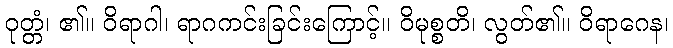
ဝုတ္တံ၊ ၏။ ဝိရာဂါ၊ ရာဂကင်းခြင်းကြောင့်။ ဝိမုစ္စတိ၊ လွတ်၏။ ဝိရာဂေန၊